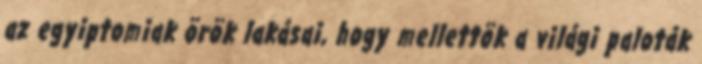
az egyiptomiak örök lakásai, hogy mellettök a világi paloták